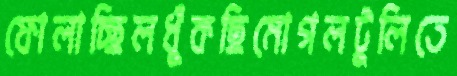
ফোলাচ্ছিলধুঁকছিমোগলটুলিতে